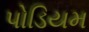
પોડિયમ